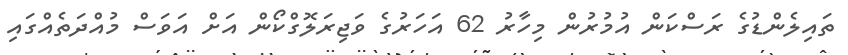
ތައިލެންޑުގެ ރަސްކަން އުމުރުން މިހާރު 62 އަހަރުގެ ވަޖިރަލޮގްކޯން އަށް އަވަސް މުއްދަތެއްގައި